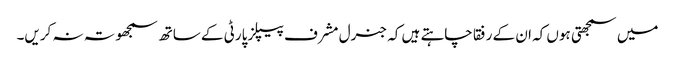
میں سمجھتی ہوں کہ ان کے رفقا چاہتے ہیں کہ جنرل مشرف پیپلز پارٹی کے ساتھ سمجھوتہ نہ کریں۔